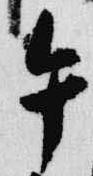
午